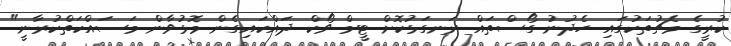
ކުރީގެ މެޗުތަކުގައި ހެދުނު ގޯސްތައް ރަނގަޅުކޮށް ޓީމް ވޯކް ދައްކައިގެން މޮޅުވާން މަސައްކަތްކުރާނީ"